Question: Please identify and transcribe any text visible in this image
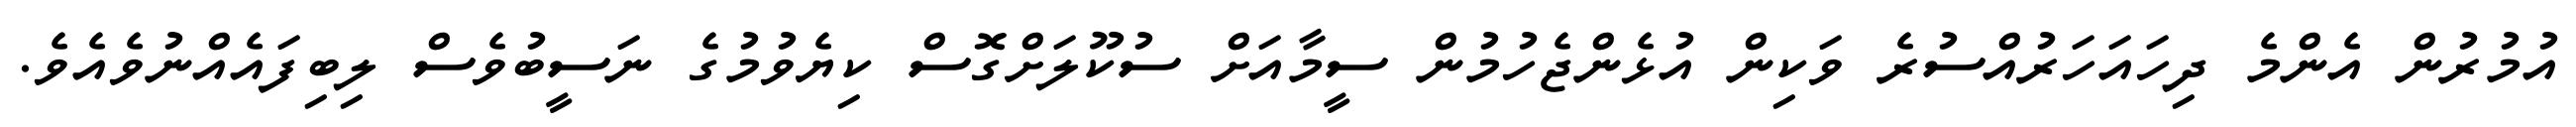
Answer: އުމުރުން އެންމެ ދިހައަހަރުއްސުރެ ވަކިން އުޅެންޖެހުމުން ސީމާއަށް ސުކޫލަށްގޮސް ކިޔެވުމުގެ ނަސީބުވެސް ލިބިފައެއްނުވެއެވެ.